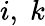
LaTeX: i,\; k